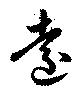
遠